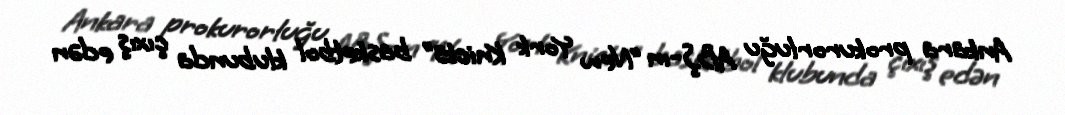
Ankara prokurorluğu ABŞ-ın “New York Knicks” basketbol klubunda çıxış edən